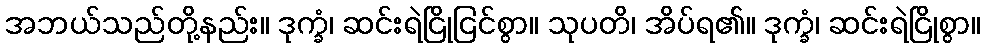
အဘယ်သည်တို့နည်း။ ဒုက္ခံ၊ ဆင်းရဲငြိုငြင်စွာ။ သုပတိ၊ အိပ်ရ၏။ ဒုက္ခံ၊ ဆင်းရဲငြိုစွာ။